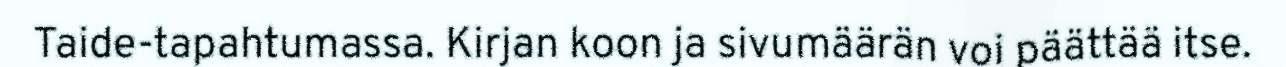
Taide-tapahtumassa. Kirjan koon ja sivumäärän voi päättää itse.